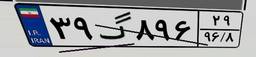
۳۹گ۸۹۶۲۹